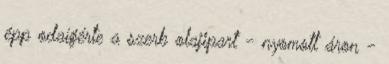
épp odaígérte a szerb olajipart - nyomott áron -